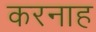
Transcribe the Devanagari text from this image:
करनाह